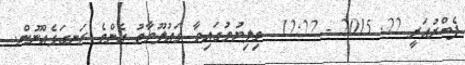
ފެބްރުއަރީ 22